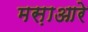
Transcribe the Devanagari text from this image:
मस़ाआरे